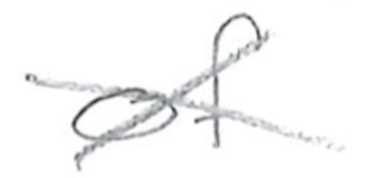
Text: of
Cross-out: cross
Writing tool: pencil